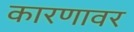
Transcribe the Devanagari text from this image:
कारणावर